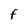
Character: f